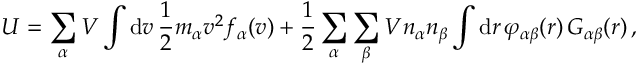
U = \sum _ { \alpha } V \int \mathrm { d } \boldsymbol { v } \, \frac { 1 } { 2 } m _ { \alpha } \boldsymbol { v } ^ { 2 } f _ { \alpha } ( \boldsymbol { v } ) + \frac { 1 } { 2 } \sum _ { \alpha } \sum _ { \beta } V n _ { \alpha } n _ { \beta } \int \mathrm { d } \boldsymbol { r } \, \varphi _ { \alpha \beta } ( \boldsymbol { r } ) \, G _ { \alpha \beta } ( \boldsymbol { r } ) \, ,